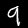
Digit: 9